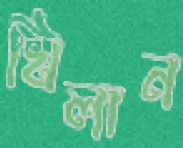
খিলান